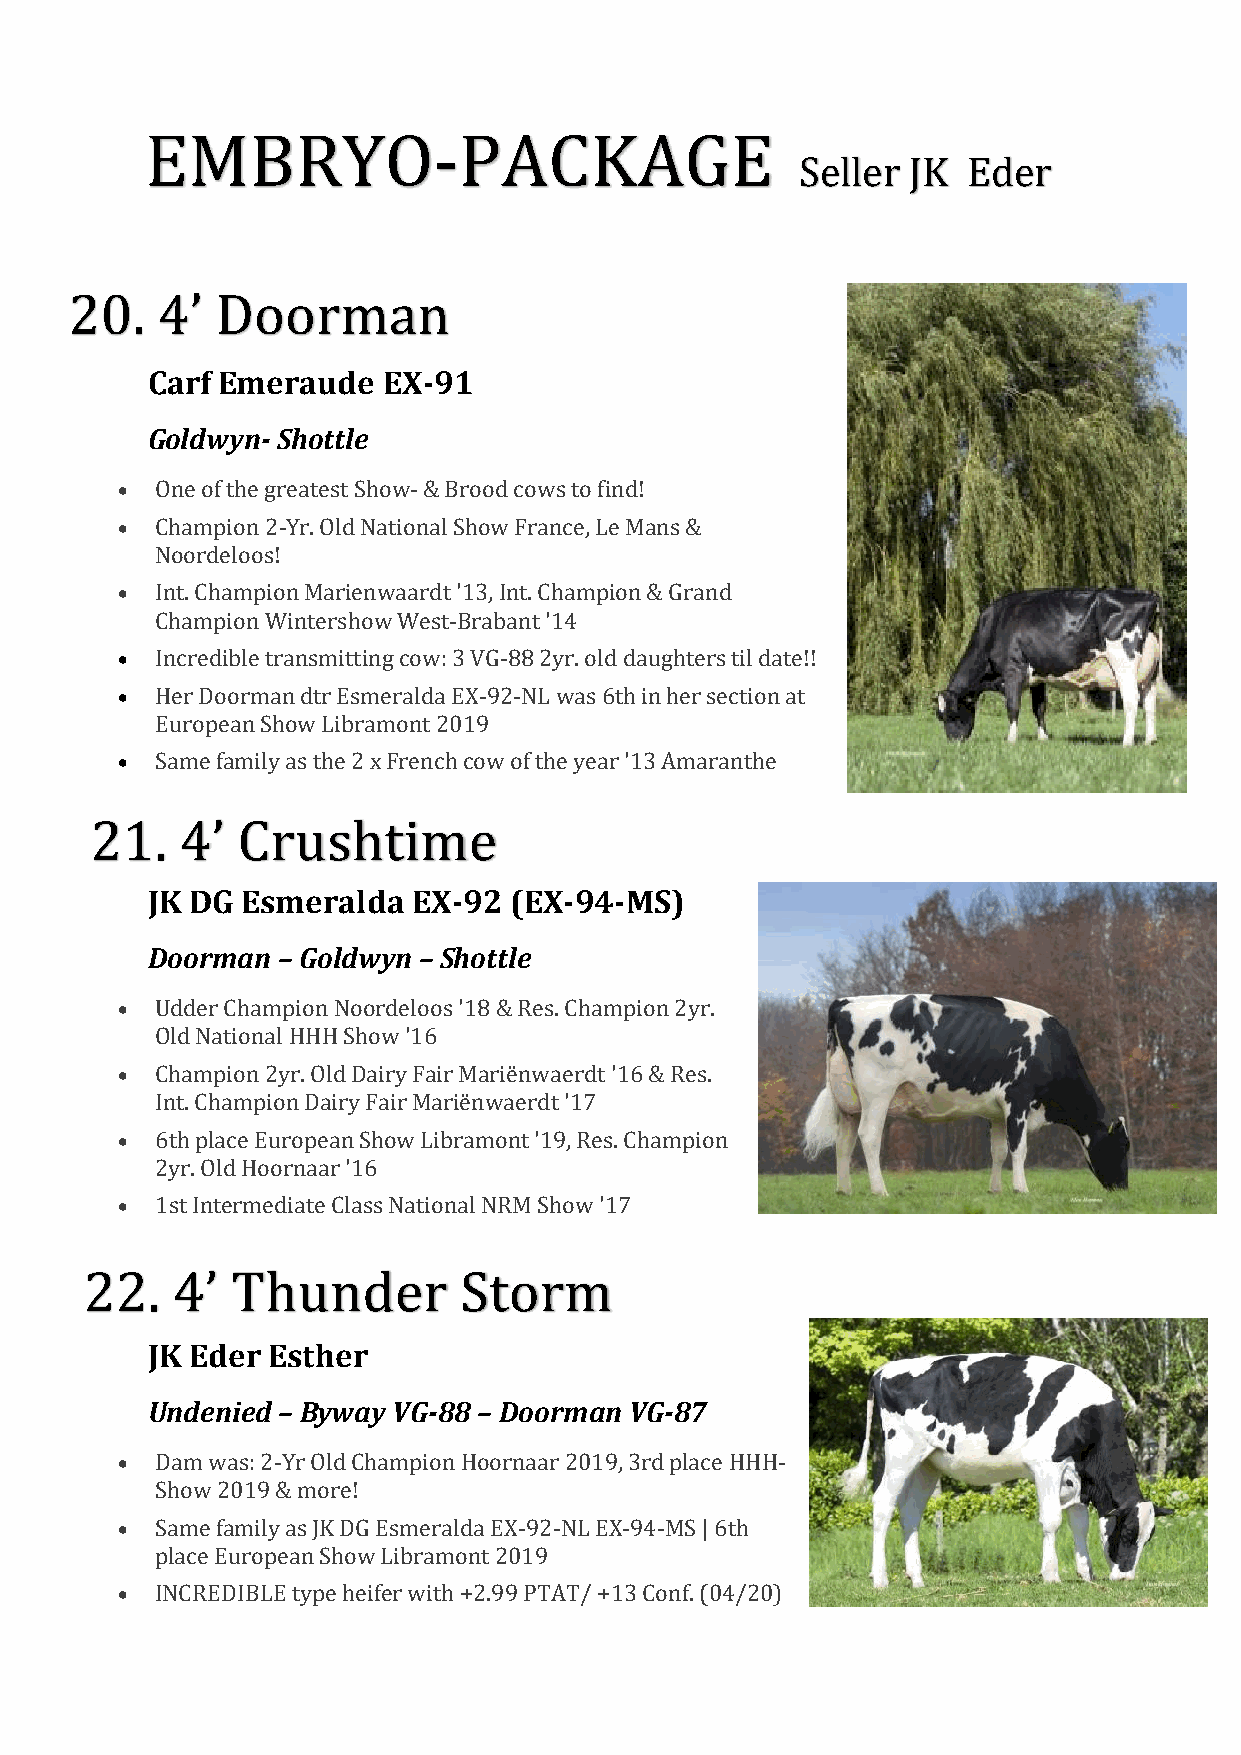
EMBRYO-PACKAGE
 Seller JK  Eder
 20.  4’  Doorman
 Carf Emeraude  EX-91
 Goldwyn- Shottle
 • One of the greatest Show- & Brood cows to find!
 • Champion 2-Yr. Old National Show France, Le Mans &
 Noordeloos!
 • Int. Champion Marienwaardt '13, Int. Champion & Grand
 Champion Wintershow West-Brabant '14
 • Incredible transmitting cow: 3 VG-88 2yr. old daughters til date!!
 • Her Doorman dtr Esmeralda EX-92-NL was 6th in her section at
 European Show Libramont 2019
 • Same family as the 2 x French cow of the year '13 Amaranthe
 21.   4’  Crushtime
 JK DG Esmeralda  EX-92  (EX-94-MS)
 Doorman – Goldwyn – Shottle
 • Udder Champion Noordeloos '18 & Res. Champion 2yr.
 Old National HHH Show '16
 • Champion 2yr. Old Dairy Fair Mariënwaerdt '16 & Res.
 Int. Champion Dairy Fair Mariënwaerdt '17
 • 6th place European Show Libramont '19, Res. Champion
 2yr. Old Hoornaar '16
 • 1st Intermediate Class National NRM Show '17
 22.  4’  Thunder        Storm
 JK Eder Esther
 Undenied – Byway VG-88 – Doorman VG-87
 • Dam was: 2-Yr Old Champion Hoornaar 2019, 3rd place HHH-
 Show 2019 & more!
 • Same family as JK DG Esmeralda EX-92-NL EX-94-MS | 6th
 place European Show Libramont 2019
 • INCREDIBLE type heifer with +2.99 PTAT/ +13 Conf. (04/20)